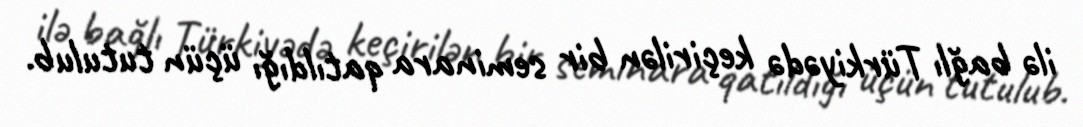
ilə bağlı Türkiyədə keçirilən bir seminara qatıldığı üçün tutulub.